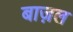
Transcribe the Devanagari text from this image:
बाज़ल